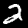
Label: 2